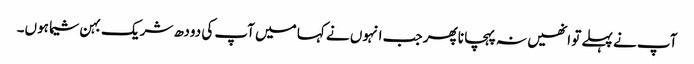
آپ نے پہلے تو انھیں نہ پہچانا پھر جب انہوں نے کہا میں آپ کی دودھ شریک بہن شیما ہوں۔